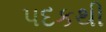
પદકથી